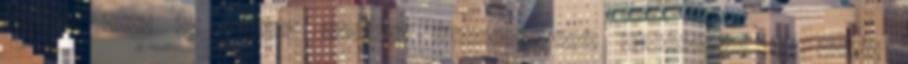
vélem, hogy az elmúlt években bekövetkezett természeti és ipari